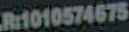
R1010574675